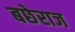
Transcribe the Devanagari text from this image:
बछेराज